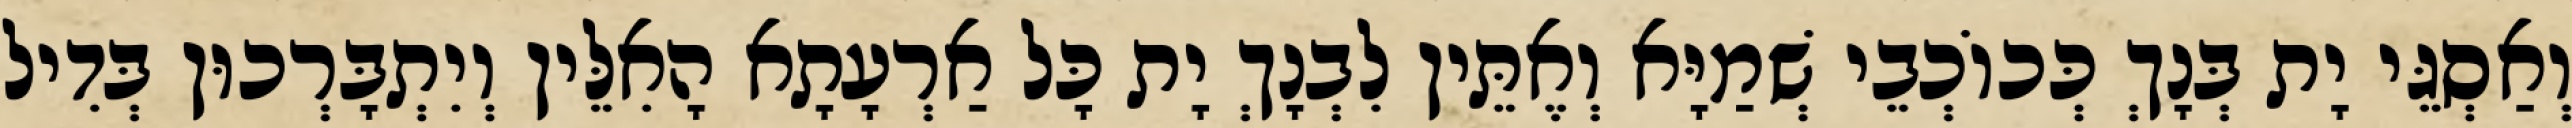
וְאַסְגֵּי יָת בְּנָךְ כְּכוֹכְבֵי שְׁמַיָּא וְאֶתֵּין לִבְנָךְ יָת כָּל אַרְעָתָא הָאִלֵּין וְיִתְבָּרְכוּן בְּדִיל